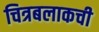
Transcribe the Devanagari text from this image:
चित्रबलाकची